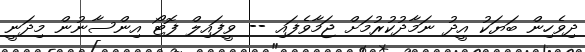
ދިވެހިން ބަޔަކު އީދު ނަމާދުކުރުމަށް ޖަމާވެފައި -- ވީފައިލް ފޮޓޯ އިންސާނުން މިދަނީ